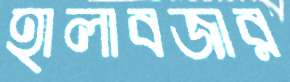
হালাবজার